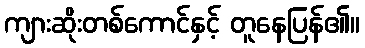
ကျားဆိုးတစ်ကောင်နှင့် တူနေပြန်၏။